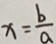
x = \frac { b } { a }